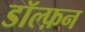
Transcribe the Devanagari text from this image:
डॉल्फ़न